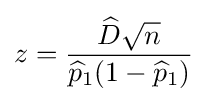
z={\frac {{\widehat {D}}{\sqrt {n}}}{{\widehat {p}}_{1}(1-{\widehat {p}}_{1})}}